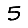
Digit: 5